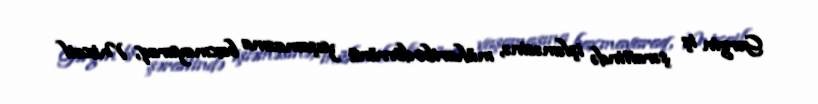
Gərgin iş şəraitində işləməsinə, müharibə dövrünü yaşamasına baxmayaraq, Mixail